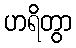
ဟရိတွာ